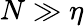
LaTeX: N\gg\eta